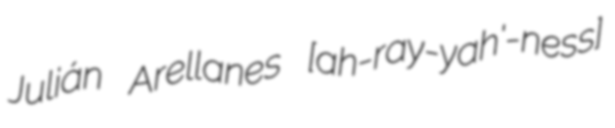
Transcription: Julián Arellanes [ah-ray-yah'-ness]